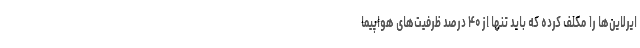
ایرلاین‌ها را مکلف کرده‌ که باید تنها از ۴۰ درصد ظرفیت‌های هواپیما